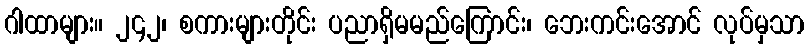
ဂါထာများ။ ၂၄၂၊ စကားများတိုင်း ပညာရှိမမည်ကြောင်း၊ ဘေးကင်းအောင် လုပ်မှသာ